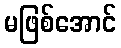
မဖြစ်အောင်